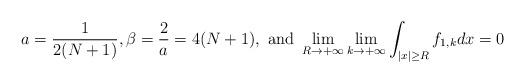
LaTeX: \begin{align*}a=\frac{1}{2(N+1)}, \beta=\frac{2}{a}=4(N+1), \mbox{ and } \lim_{R \to +\infty} \displaystyle{\lim_{k\to+\infty} \int_{\vert x \vert \geq R}f_{1,k}dx=0} \end{align*}